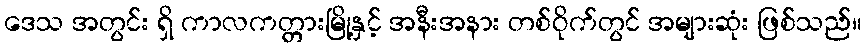
ဒေသ အတွင်း ရှိ ကာလကတ္တားမြို့နှင့် အနီးအနား တစ်ဝိုက်တွင် အများဆုံး ဖြစ်သည်။